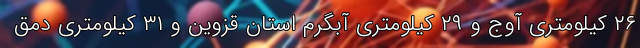
۲۶ کیلومتری آوج و ۲۹ کیلومتری آبگرم استان قزوین و ۳۱ کیلومتری دمق